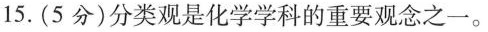
15.(5分)分类观是化学学科的重要观念之一。